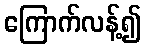
ကြောက်လန့်၍